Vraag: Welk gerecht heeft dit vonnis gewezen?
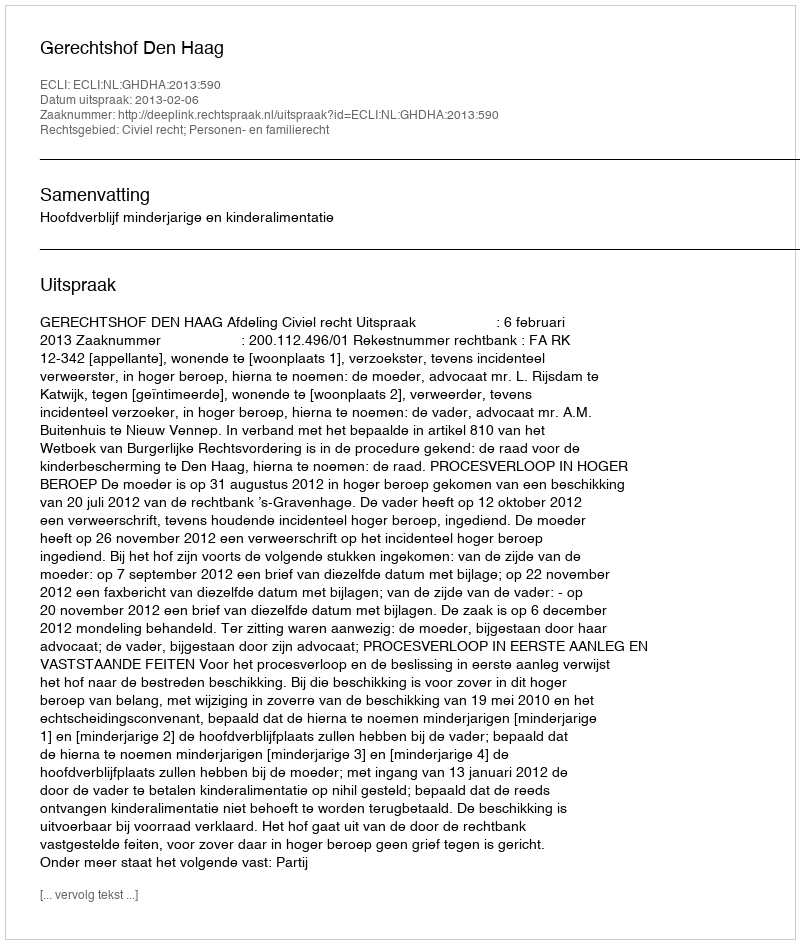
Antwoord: Gerechtshof Den Haag